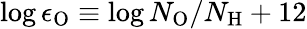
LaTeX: \log{\epsilon_{\mathrm{O}}}\equiv\log{N_{\mathrm{O}}/N_{\mathrm{H}}}+12